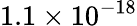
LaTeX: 1.1\times 10^{-18}